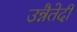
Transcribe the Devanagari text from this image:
उन्नैतेदी